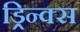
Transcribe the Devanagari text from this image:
ड्रिन्क्स